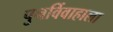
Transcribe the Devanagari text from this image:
पुनर्विवाहाला